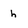
Character: h